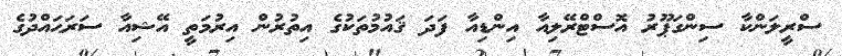
ސްރީލަންކާ ސިންގަޕޫރު އޮސްޓްރޭލިއާ އިންޑިއާ ފަދަ ޤައުމުތަކުގެ އިތުރުން އިރުމަތީ އޭޝިއާ ސަރަޙައްދުގެ